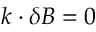
\boldsymbol { k } \boldsymbol { \cdot } \delta \boldsymbol { B } = 0